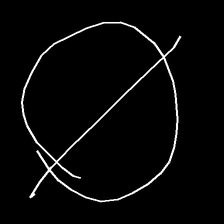
Glyph: orb